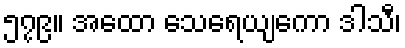
၅၇၉။ အထော သေရေယျကော ဒါသီ၊